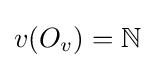
v(O_{v})=\mathbb {N}